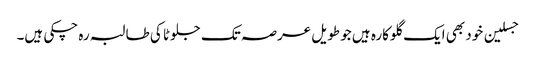
جسلین خود بھی ایک گلوکارہ ہیں جو طویل عرصہ تک جلوٹا کی طالبہ رہ چکی ہیں۔